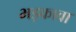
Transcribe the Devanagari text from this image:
भड़कावा